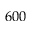
6 0 0